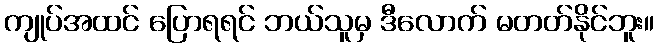
ကျုပ်အထင် ပြောရရင် ဘယ်သူမှ ဒီလောက် မတတ်နိုင်ဘူး။